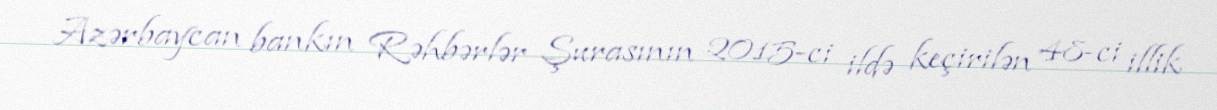
Azərbaycan bankın Rəhbərlər Şurasının 2015-ci ildə keçirilən 48-ci illik